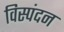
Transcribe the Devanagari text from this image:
विस्पंदन